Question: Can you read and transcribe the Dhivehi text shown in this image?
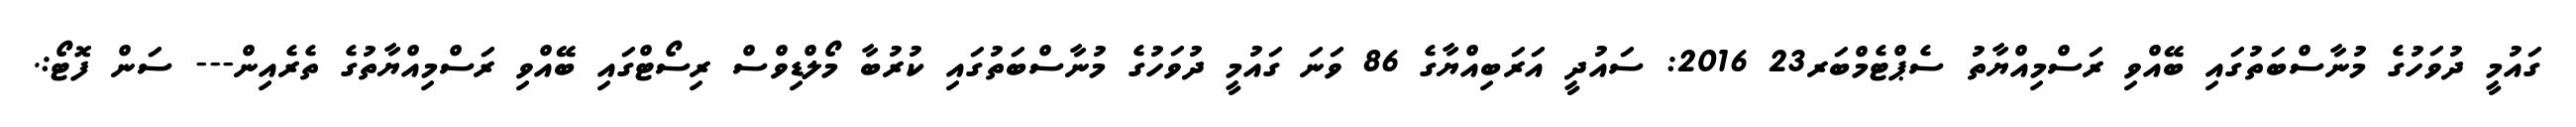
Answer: ގައުމީ ދުވަހުގެ މުނާސްބަތުގައި ބޭއްވި ރަސްމިއްޔާތު ސެޕްޓެމްބަރ23 2016: ސައުދީ އަރަބިއްޔާގެ 86 ވަނަ ގައުމީ ދުވަހުގެ މުނާސްބަތުގައި ކުރުބާ މޯލްޑިވްސް ރިސޯޓްގައި ބޭއްވި ރަސްމިއްޔާތުގެ ތެރެއިން--- ސަން ފޮޓޯ:.